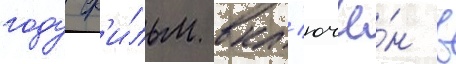
году ф'и́льм вкл'ючё́н в